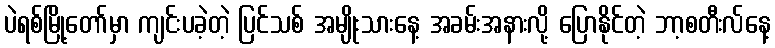
ပဲရစ်မြို့တော်မှာ ကျင်းပခဲ့တဲ့ ပြင်သစ် အမျိုးသားနေ့ အခမ်းအနားလို့ ပြောနိုင်တဲ့ ဘာ့စတီးလ်နေ့